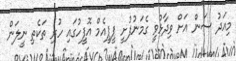
މިއަދު ސަން އަށް ވިދާޅުވީ ގެމަނުފުށީ ޕީޕީއެމް އޮފީހުގައި ހުރި ތަކެތި ނީލަން